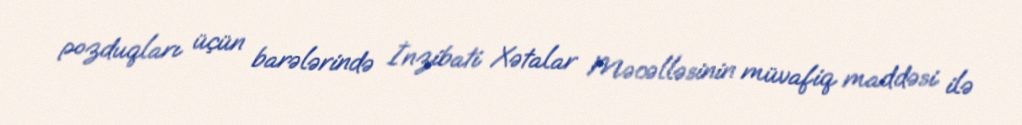
pozduqları üçün barələrində İnzibati Xətalar Məcəlləsinin müvafiq maddəsi ilə